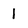
Character: 1